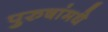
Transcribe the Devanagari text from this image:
पुरुषांमधे